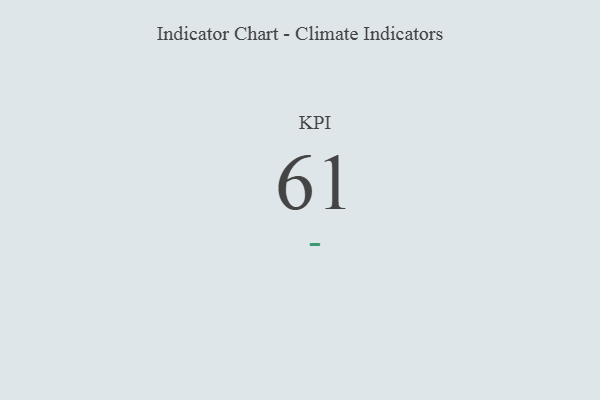
{"axis": {"x": "KPI", "y": "Value"}, "legend": [""], "data": [{"x": "KPI", "y": 61, "type": ""}]}